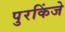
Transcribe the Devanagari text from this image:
पुरकिंजे